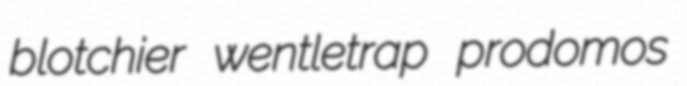
blotchier wentletrap prodomos